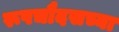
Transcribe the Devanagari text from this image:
रूपचौदसच्या